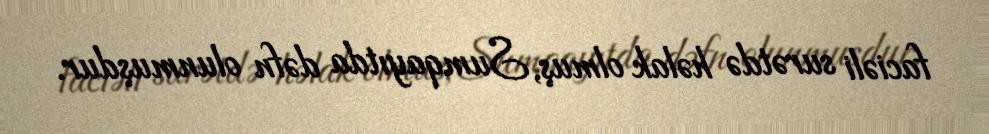
faciəli surətdə həlak olmuş, Sumqayıtda dəfn olunmuşdur.